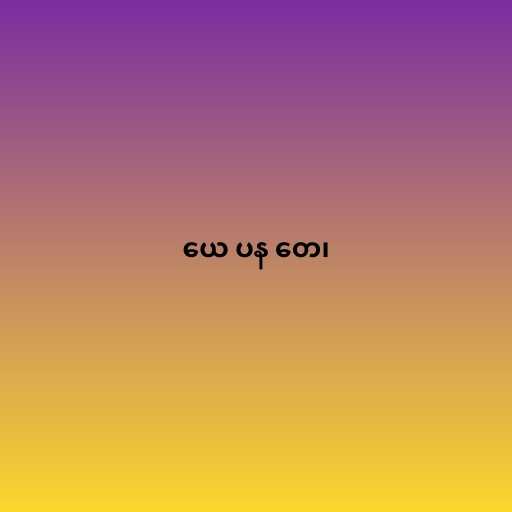
ယေ ပန တေ၊